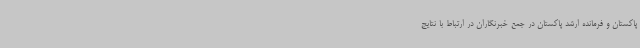
پاکستان و فرمانده ارشد پاکستان در جمع خبرنگاران در ارتباط با نتایج